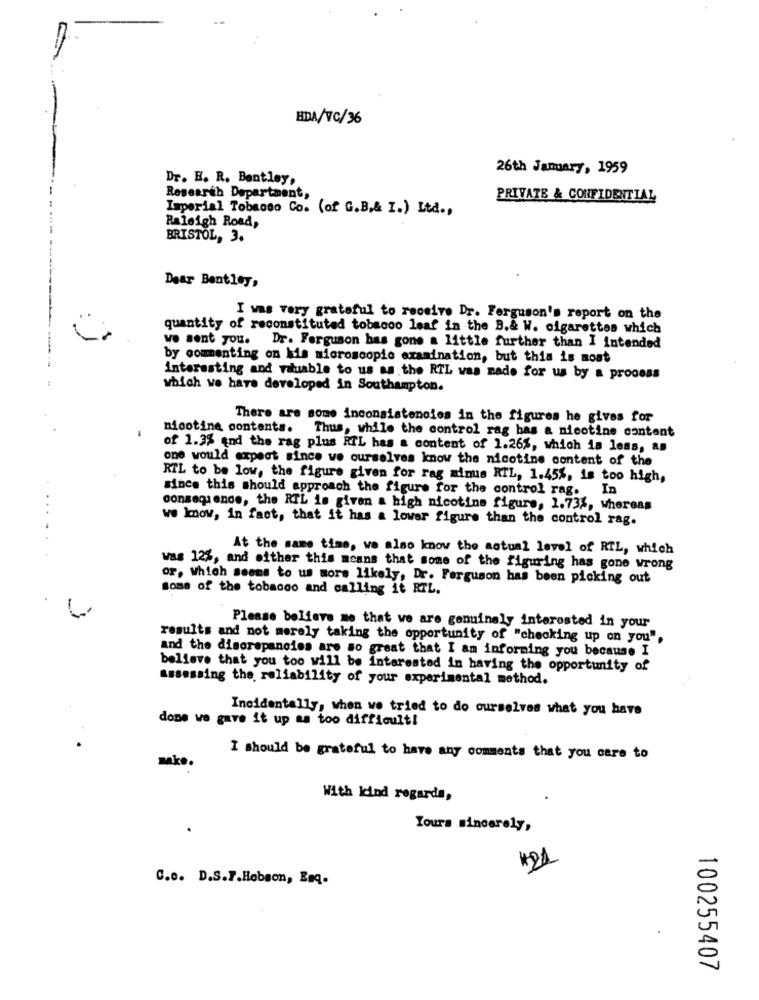
BDA/TC/36
26th January, 1959
Dr. H. R. Bentley,
Researth Department,
PRIVATE & CONFIDENTIAL
Imperial Tobacco Co. (of G.B.& I.) Ltd .,
Raleigh Road,
BRISTOL, 3.
Dear Bentley,
I was very grateful to receive Dr. Ferguson's report on the
quantity of reconstituted tobacco leaf in the B.& W. cigarettes which
we sent you. Dr. Ferguson has gone a little further than I intended
by commenting on his microscopic examination, but this is most
Interesting and rauable to us as the RTL was made for us by a process
which we have developed in Southampton.
There are some inconsistencies in the figures he gives for
nicotine contents. Thus, while the control rag has a nicotine content
of 1.3% and the rag plus RTL has a content of 1.26%, which is less, an
one would expect since we ourselves know the nicotine content of the
RTL to be low, the figure given for rag minus RTL, 1.45%, is too high,
since this should approach the figure for the control rag. In
consequence, the RTL is given a high nicotine figure, 1.73%, whereas
we know, in fact, that it has a lower figure than the control rag.
At the same time, we also know the actual level of RTL, which
was 12%, and either this means that some of the figuring has gone wrong
or, Which seems to us more likely, Dr. Ferguson has been picking out
some of the tobacco and calling it RTL.
Please believe me that we are genuinely interested in your
results and not merely taking the opportunity of "checking up on you",
and the discrepancies are so great that I am informing you because I
believe that you too will be interested in having the opportunity of
assessing the reliability of your experimental method.
Incidentally, when we tried to do ourselves what you have
done wo gave it up as too difficult!
make
I should be grateful to have any comments that you care to
With kind regards,
.
Yours sincerely,
C.o. D.S.F.Hobson, Emq.
100255407